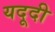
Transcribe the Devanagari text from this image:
यदूदी